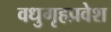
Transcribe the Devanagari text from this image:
वधुगृहप्रवेश